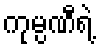
ကုမ္ပဏီရဲ့